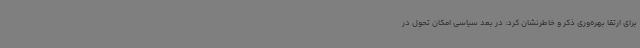
برای ارتقا بهره‌وری ذکر و خاطرنشان کرد: در بعد سیاسی امکان تحول در